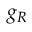
g _ { R }